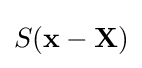
S(\mathbf {x} -\mathbf {X} )